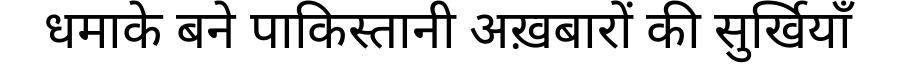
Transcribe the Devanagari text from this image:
धमाके बने पाकिस्तानी अख़बारों की सुर्खियाँ